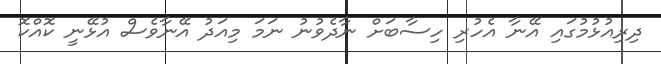
ދިރިއުޅުމުގައި އޭނާ އެހުރި ހިސާބަށް ނާދެވުނު ނަމަ މިއަދު އޭނާވެސް އުޅޭނީ ކޮއްކޮ